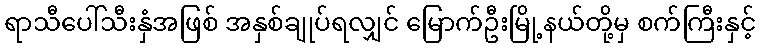
ရာသီပေါ်သီးနှံအဖြစ် အနှစ်ချုပ်ရလျှင် မြောက်ဦးမြို့နယ်တို့မှ စက်ကြီးနှင့်